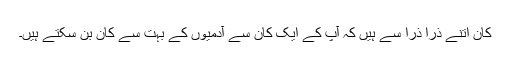
کان اتنے ذرا ذرا سے ہیں کہ آپ کے ایک کان سے آدمیوں کے بہت سے کان بن سکتے ہیں۔